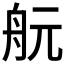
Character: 𦨞